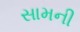
સામની